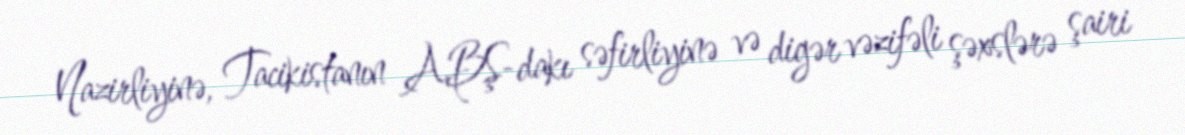
Nazirliyinə, Tacikistanın ABŞ-dakı səfirliyinə və digər vəzifəli şəxslərə şairi